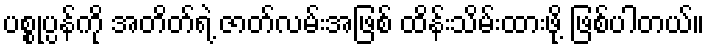
ပစ္စုပ္ပန်ကို အတိတ်ရဲ့ ဇာတ်လမ်းအဖြစ် ထိန်းသိမ်းထားဖို့ ဖြစ်ပါတယ်။